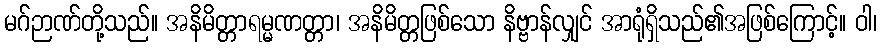
မဂ်ဉာဏ်တို့သည်။ အနိမိတ္တာရမ္မဏတ္တာ၊ အနိမိတ္တဖြစ်သော နိဗ္ဗာန်လျှင် အာရုံရှိသည်၏အဖြစ်ကြောင့်။ ဝါ၊